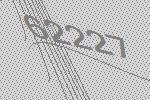
62227